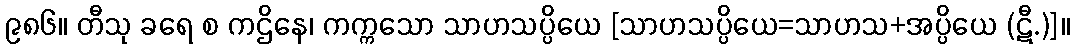
၉၈၆။ တီသု ခရေ စ ကဌိနေ၊ ကက္ကသော သာဟသပ္ပိယေ [သာဟသပ္ပိယေ=သာဟသ+အပ္ပိယေ (ဋီ.)]။